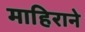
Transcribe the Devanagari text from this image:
माहिराने